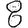
Digit: 8